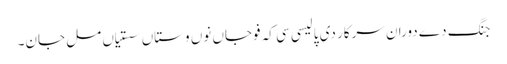
جنگ دے دوران سرکار دی پالیسی سی کہ فوجاں نوں وستاں سستیاں مل جان۔